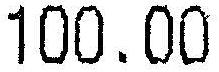
100.00